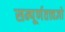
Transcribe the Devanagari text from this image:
सम्पूर्णतत्त्वज्ञो